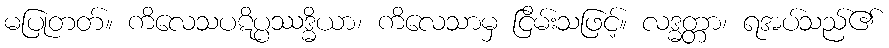
မပြုတတ်။ ကိလေသပဋိပ္ပဿဒ္ဓိယာ၊ ကိလေသာမှ ငြိမ်းသဖြင့်။ လဒ္ဓတ္တာ၊ ရအပ်သည်၏